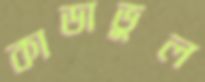
কাডাভুল